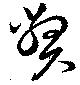
弊